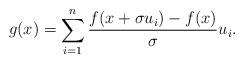
LaTeX: \begin{align*}g(x) = \sum_{i=1}^n \frac{f(x+\sigma u_i) -f(x)}{\sigma} u_i. \end{align*}